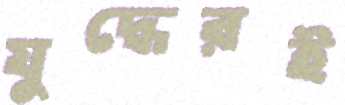
যুদ্ধেরই